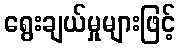
ရွေးချယ်မှုများဖြင့်